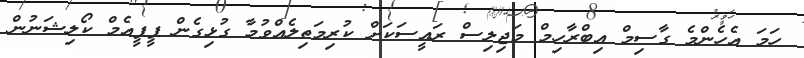
ހަމަ އެހެންމެ ގާސިމް އިބްރާހިމް މަޖިލިސް ރައީސަކަށް ކުރިމަތިލެއްވުމާ ގުޅިގެން ޕީޕީއެމް ކޯލިޝަނުން